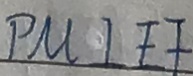
P M \bot E F